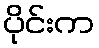
ပိုင်းက